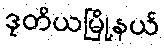
ဒုတိယမြို့နယ်